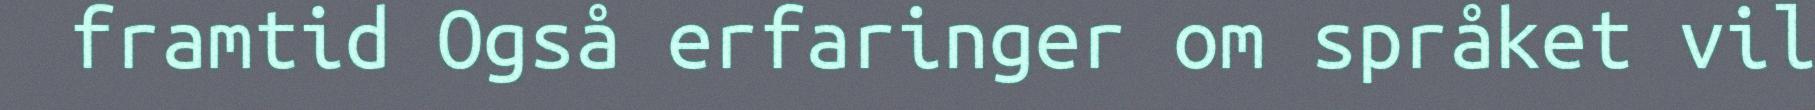
framtid Også erfaringer om språket vil